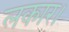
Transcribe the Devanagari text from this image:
लकार।